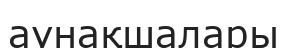
аунақшалары